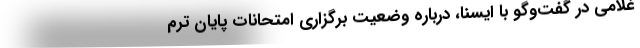
غلامی در گفت‌وگو با ایسنا، درباره وضعیت برگزاری امتحانات پایان ترم